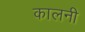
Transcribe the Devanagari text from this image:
कालनी